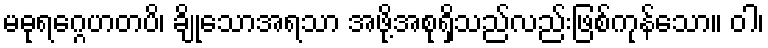
မဓုရဂ္ဂေဟတပိ၊ ချိုသောအရသာ အဖို့အစုရှိသည်လည်းဖြစ်ကုန်သော။ ဝါ၊